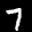
Label: 7